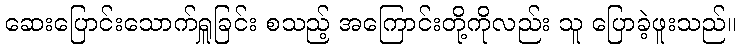
ဆေးပြောင်းသောက်ရှူခြင်း စသည့် အကြောင်းတို့ကိုလည်း သူ ပြောခဲ့ဖူးသည်။